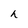
Character: h